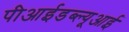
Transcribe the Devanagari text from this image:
पीआईडब्ल्यूआई